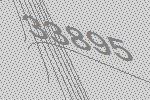
33895